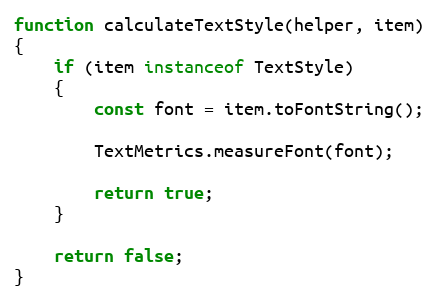
Language: JavaScript
function calculateTextStyle(helper, item)
{
    if (item instanceof TextStyle)
    {
        const font = item.toFontString();

        TextMetrics.measureFont(font);

        return true;
    }

    return false;
}